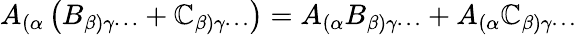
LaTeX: A_{(\alpha}\left(B_{\beta)\gamma\cdots}+\mathbb{C}_{\beta)\gamma\cdots}\right)=A_{(\alpha}B_{\beta)\gamma\cdots}+A_{(\alpha}\mathbb{C}_{\beta)\gamma\cdots}